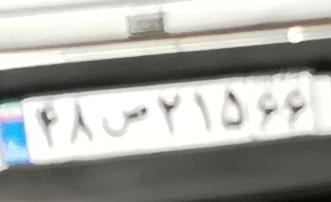
۴۸ص۲۱۵۶۶